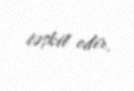
təşkil edir.